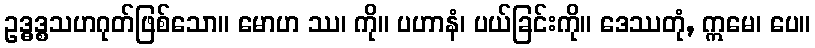
ဥဒ္ဓဒ္စသဟဂုတ်ဖြစ်သော။ မောဟ ဿ၊ ကို။ ပဟာနံ၊ ပယ်ခြင်းကို။ ဒေဿတုံ, ဣမေ၊ ပေ။